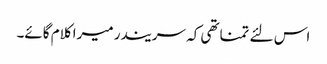
اس لئے تمناتھی کہ سریندر میرا کلام گائے۔